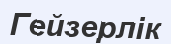
Гейзерлік